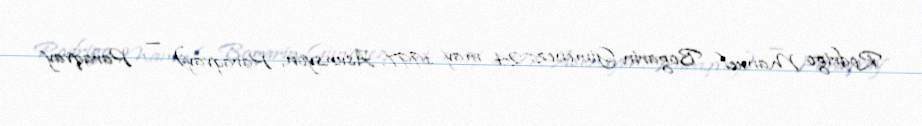
Rodrigo Manuel Bogarín Giménez; 24 may 1997, Asunsyon, Paraqvay) — Paraqvay